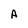
Character: A